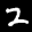
Label: 2